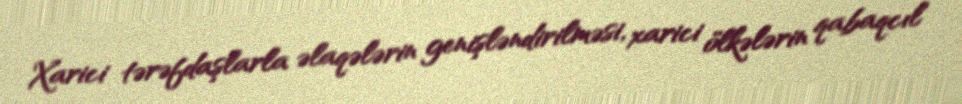
Xarici tərəfdaşlarla əlaqələrin genişləndirilməsi, xarici ölkələrin qabaqcıl